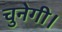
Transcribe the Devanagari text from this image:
चुनेगी।